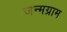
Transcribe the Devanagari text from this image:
जन्मग्राम